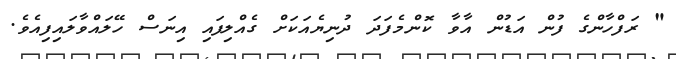
" ރަފްހާންގެ ފުން އަޑުން އާވާ ކޮންމެފަދަ ދުނިޔެއަކަށް ގެއްލިފައި އިނަސް ހޭލައްވާލައިފިއެވެ.